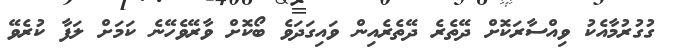
ގުގުރުމާއެކު ވިއްސާރަކޮށް ދޭތެރެ ދޭތެރެއިން ވައިގަދަވެ ބޯކޮށް ވާރޭވެހޭނެ ކަމަށް ލަފާ ކުރެވޭ